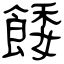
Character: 餧